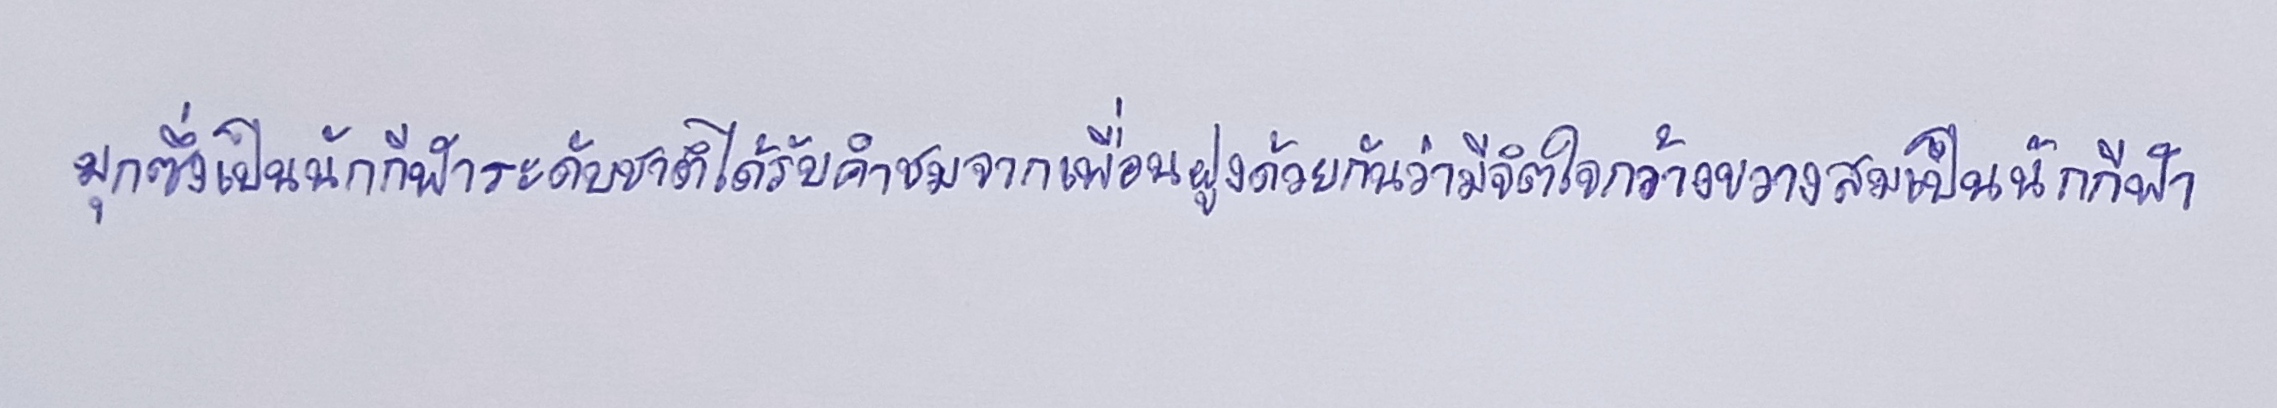
มุกซึ่งเป็นนักกีฬาระดับชาติได้รับคำชมจากเพื่อนฝูงด้วยกันว่ามีจิตใจกว้างขวางสมเป็นนักกีฬา